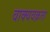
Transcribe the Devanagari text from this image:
वाक्यवक्रता